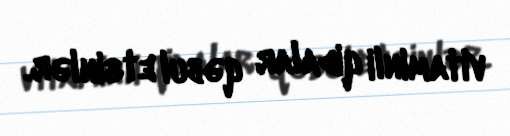
vitaminli qidalar qəbul etsinlər.